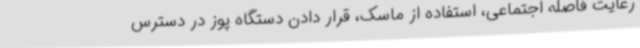
رعایت فاصله اجتماعی، استفاده از ماسک، قرار دادن دستگاه پوز در دسترس